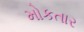
મોકતાર